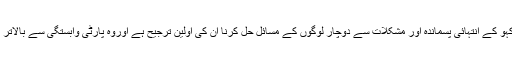
سردارحسین نے کہاکہ تحصیل موڑکہو کے انتہائی پسماندہ اور مشکلات سے دوچار لوگوں کے مسائل حل کرنا اُن کی اولین ترجیح ہے اوروہ پارٹی وابستگی سے بالاتر ہوکر کام کرنے پر یقین رکھتے ہیں۔